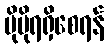
ပိုမိုရရှိစေရန်